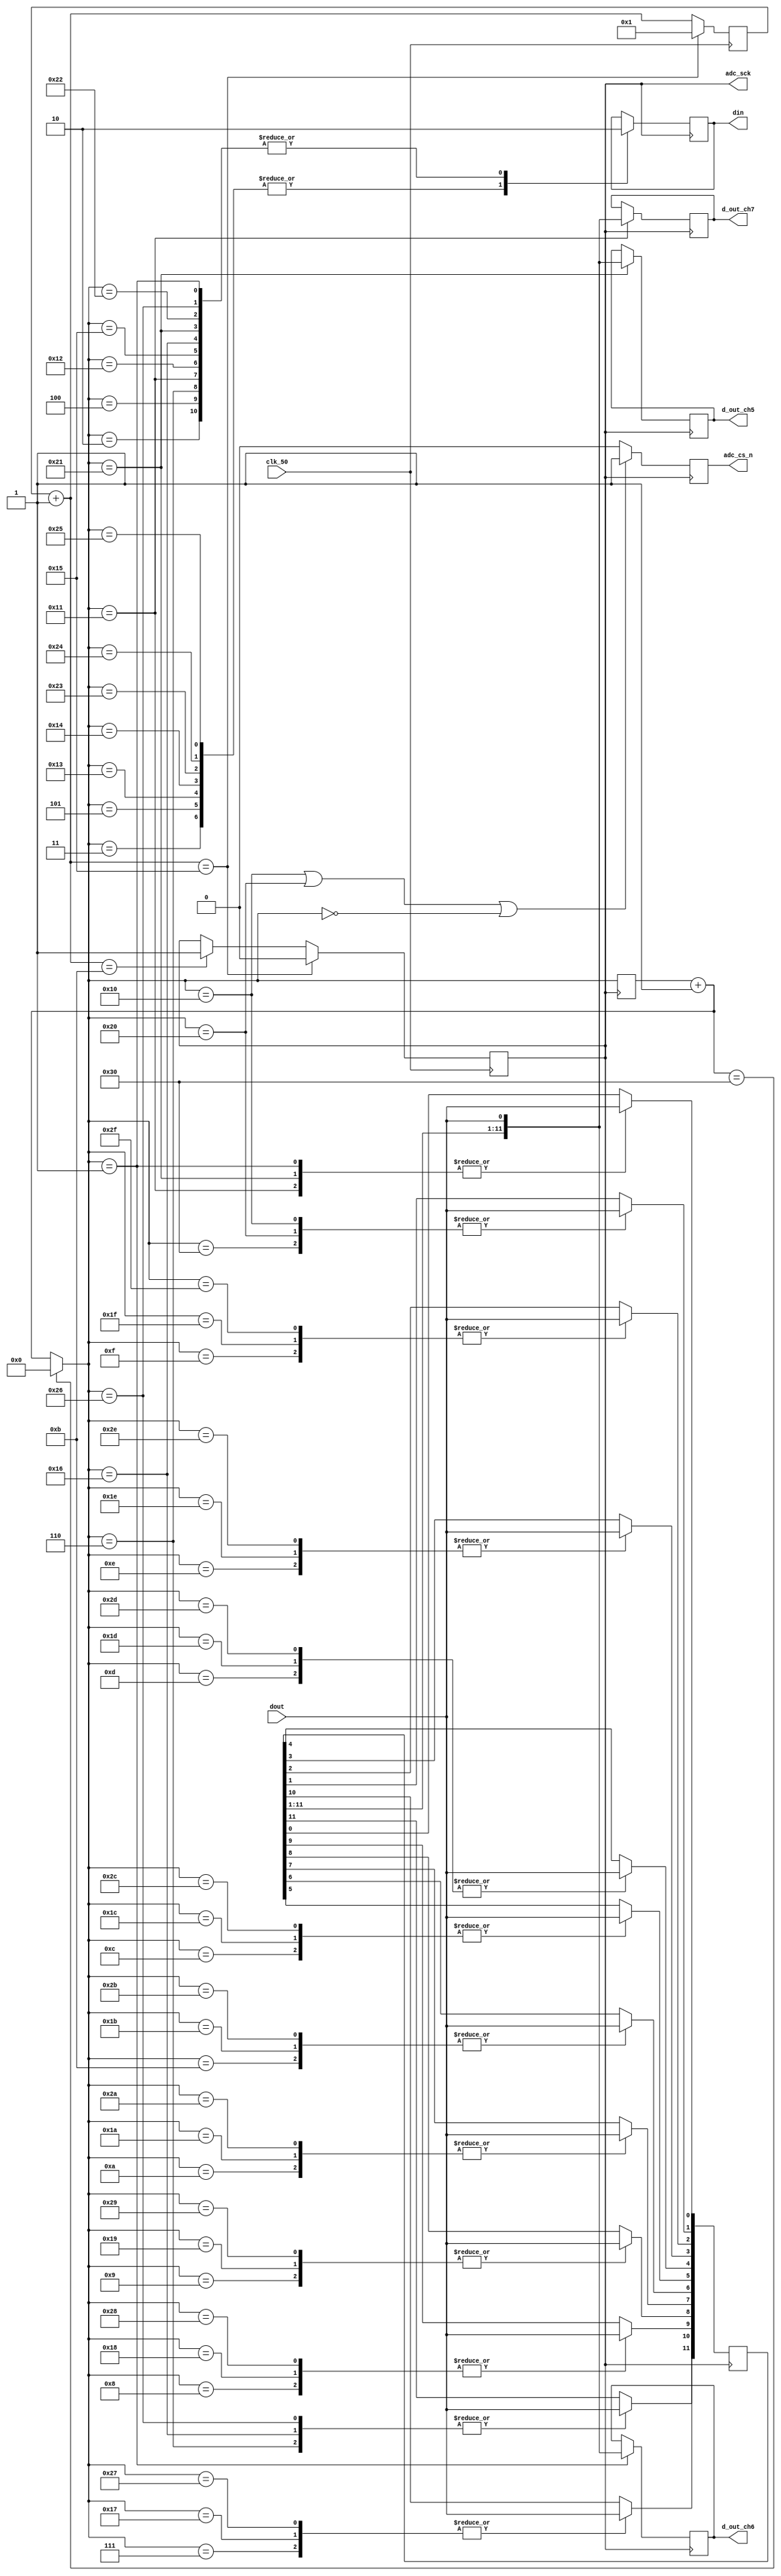
// SB : Task 2 A : ADC
/*
Instructions
-------------------
Students are not allowed to make any changes in the Module declaration.
This file is used to design ADC Controller.
 
Recommended Quartus Version : 19.1
The submitted project file must be 19.1 compatible as the evaluation will be done on Quartus Prime Lite 19.1.
 
Warning: The error due to compatibility will not be entertained.
-------------------
*/
 
//ADC Controller design
//Inputs  : clk_50 : 50 MHz clock, dout : digital output from ADC128S022 (serial 12-bit)
//Output  : adc_cs_n : Chip Select, din : Ch. address input to ADC128S022, adc_sck : 2.5 MHz ADC clock,
//				d_out_ch5, d_out_ch6, d_out_ch7 : 12-bit output of ch. 5,6 & 7,
//				data_frame : To represent 16-cycle frame (optional)
 
//////////////////DO NOT MAKE ANY CHANGES IN MODULE//////////////////
module adc_control(
	input  clk_50,				//50 MHz clock  FPGA ka clock is coming ADC me 
	input  dout,				//digital output from ADC128S022 (serial 12-bit)
	output adc_cs_n,			//ADC128S022 Chip Select
	output din,					//Ch. address input to ADC128S022 (serial)
	output adc_sck,			//2.5 MHz ADC clock ADC ispe work karega which is divided from 50MHz
	output [11:0]d_out_ch5,	//12-bit output of ch. 5 (parallel)
	output [11:0]d_out_ch6,	//12-bit output of ch. 6 (parallel)
	output [11:0]d_out_ch7	//12-bit output of ch. 7 (parallel)
	//output [1:0]data_frame	//To represent 16-cycle frame (optional)
);
 
////////////////////////WRITE YOUR CODE FROM HERE////////////////////
 
reg [4:0]counter_0 = 5'd0;
reg [5:0]counter_1 = 6'd0;
reg sck = 0;
reg din_0 = 0;
reg [11:0] data;
reg [11:0] data5 = 12'd0;
reg [11:0] data6 = 12'd0;
reg [11:0] data7 = 12'd0;
reg cs_0 = 1;
 
always @(negedge clk_50) begin  // clock divider 
 
  counter_0 = counter_0 + 5'd1;
 
  if (counter_0 == 5'd21) begin
  counter_0 = 5'd1;
  sck <= 0;
  end
 
  else if (counter_0 == 5'd11) begin 
  sck <= 1;
  end
 
end
 
always @(negedge sck) begin   // Started working on ADC
 
  counter_1 = counter_1 + 6'd1;
 
  if (counter_1 == 6'd48) begin
  counter_1 = 6'd0;
  end
 
  if (counter_1 == 6'd16 || counter_1 == 6'd32 || counter_1 == 6'd0) begin
  cs_0 <= 1;
  end
 
  else begin 
  cs_0 <= 0;
  end
 
  case (counter_1) 
 
  
  2: din_0 = 0;
  3: din_0 = 1;
  4: din_0 = 0;
  5: din_0 = 1;
  6: begin
     data[11] = dout;
	  din_0 = 0;
	  end
  7: data[10] = dout;
  8: data[9] = dout;
  9: data[8] = dout;
 10: data[7] = dout;
 11: data[6] = dout;
 12: data[5] = dout;
 13: data[4] = dout;
 14: data[3] = dout;
 15: data[2] = dout;
 16: data[1] = dout;
 17: begin
     data[0] = dout;
     data7 <= data;
	  din_0 = 0;
	  end
 
 18: din_0 = 0;
 19: din_0 = 1;
 20: din_0 = 1;
 21: din_0 = 0;
 22: begin
     data[11] = dout;
	  din_0 = 0;
	  end
 23: data[10] = dout;
 24: data[9] = dout;
 25: data[8] = dout;
 26: data[7] = dout;
 27: data[6] = dout;
 28: data[5] = dout;
 29: data[4] = dout;
 30: data[3] = dout;
 31: data[2] = dout;
 32: data[1] = dout; 
 33: begin
     data[0] = dout;
     data5 <= data;
	  din_0 = 0;
	  end
 
 34: din_0 = 0;
 35: din_0 = 1;
 36: din_0 = 1;
 37: din_0 = 1;
 38: begin
     data[11] = dout;
	  din_0 = 0;
	  end
 39: data[10] = dout;
 40: data[9] = dout;
 41: data[8] = dout;
 42: data[7] = dout;
 43: data[6] = dout;
 44: data[5] = dout;
 45: data[4] = dout;
 46: data[3] = dout;
 47: data[2] = dout;
 48: data[1] = dout;
 1: begin
     data[0] = dout;
     data6 <= data;
	  din_0 = 0;
	  end
endcase 
end
 
assign adc_sck = sck;
assign din = din_0;
assign d_out_ch5 = data5;
assign d_out_ch6 = data6;
assign d_out_ch7 = data7;
assign adc_cs_n = cs_0;
 
////////////////////////YOUR CODE ENDS HERE//////////////////////////
endmodule
///////////////////////////////MODULE ENDS///////////////////////////